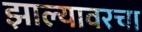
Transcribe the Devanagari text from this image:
झाल्यावरचा